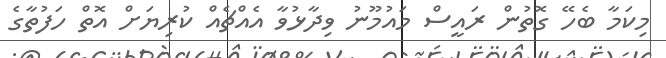
މިކަމާ ބެހޭ ގޮތުން ރައީސް މައުމޫނު ވިދާޅުވާ އެއްޗެއް ކުރިޔަށް އޮތް ހަފުތާގެ